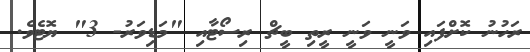
ރަހުނު ކޮށްފައި ވަނީ ވަނީ ރީތި ބީޗް ރިސޯޓާއި "މަޑިވަރު- 3" ޔޮޓެވެ.